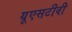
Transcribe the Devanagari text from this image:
यूएसटीवी